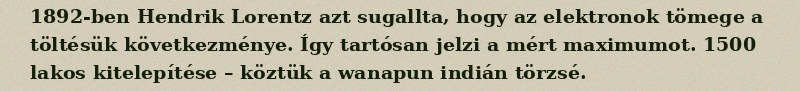
1892-ben Hendrik Lorentz azt sugallta, hogy az elektronok tömege a töltésük következménye. Így tartósan jelzi a mért maximumot. 1500 lakos kitelepítése – köztük a wanapun indián törzsé.